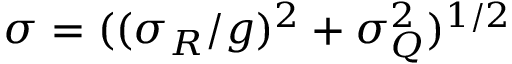
\sigma = ( ( \sigma _ { R } / g ) ^ { 2 } + \sigma _ { Q } ^ { 2 } ) ^ { 1 / 2 }